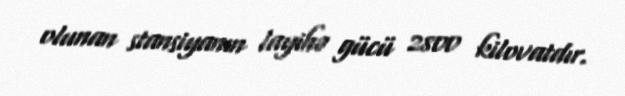
olunan stansiyanın layihə gücü 2800 kilovatdır.